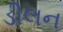
ડીલન